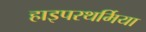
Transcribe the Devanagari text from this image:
हाइपरथर्मिया